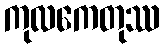
ကုလကေတုဿ